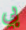
بي